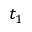
t _ { 1 }